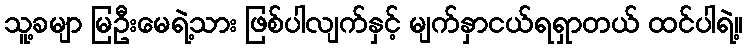
သူ့ခမျာ မြဦးမေရဲ့သား ဖြစ်ပါလျက်နှင့် မျက်နှာငယ်ရရှာတယ် ထင်ပါရဲ့။